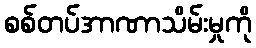
စစ်တပ်အာဏာသိမ်းမှုကို